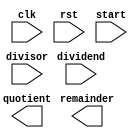
module radix2_SRT_divider (clk, rst, start, dividend, divisor, quotient, remainder);

input clk, rst, start;
input [15:0] dividend, divisor;
output reg [15:0] quotient, remainder;

reg [15:0] A, B, M, Q, S;
reg [3:0] C;

always @ (posedge clk) begin
    if (rst) begin
        A <= dividend;
        B <= divisor;
        Q <= 0;
        S <= 0;
        C <= 0;
    end else if (start) begin
        // Perform SRT division algorithm
        // Your code here
    end
end

endmodule